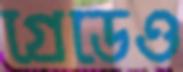
গ্রেডেও